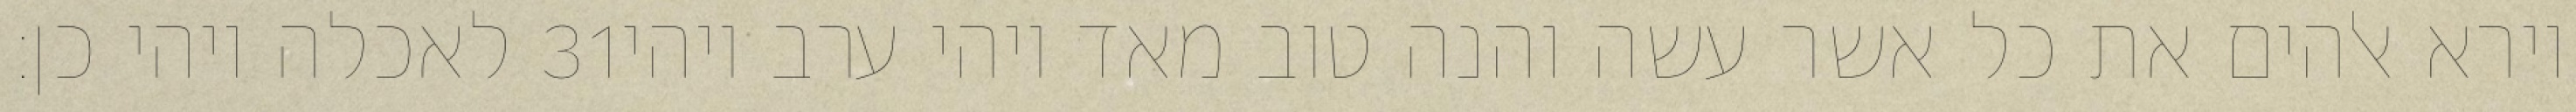
לאכלה ויהי כן׃ ‎31‏ וירא אלהים את כל אשר עשה והנה טוב מאד ויהי ערב ויהי